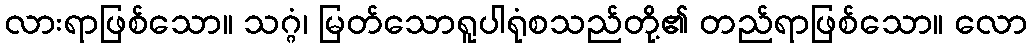
လားရာဖြစ်သော။ သဂ္ဂံ၊ မြတ်သောရူပါရုံစသည်တို့၏ တည်ရာဖြစ်သော။ လော